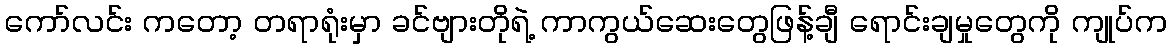
ကော်လင်း ကတော့ တရာရုံးမှာ ခင်ဗျားတိုရဲ့ ကာကွယ်ဆေးတွေဖြန့်ချီ ရောင်းချမှုတွေကို ကျုပ်က